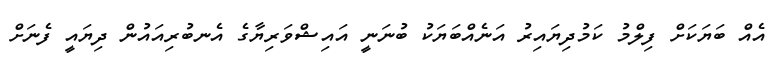
އެއް ބަޔަކަށް ފިލްމު ކަމުދިޔައިރު އަނެއްބަޔަކު ބުނަނީ އައިޝްވަރިޔާގެ އެނބުރިއައުން ދިޔައީ ފެނަށް